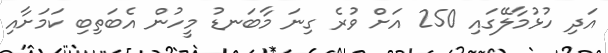
އަދި ހުޅުމާލޭގައި 250 އަށް ވުރެ ގިނަ މާބަނޑު މީހުން އެބަތިބި ކަމަށާއި